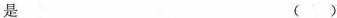
是 ()